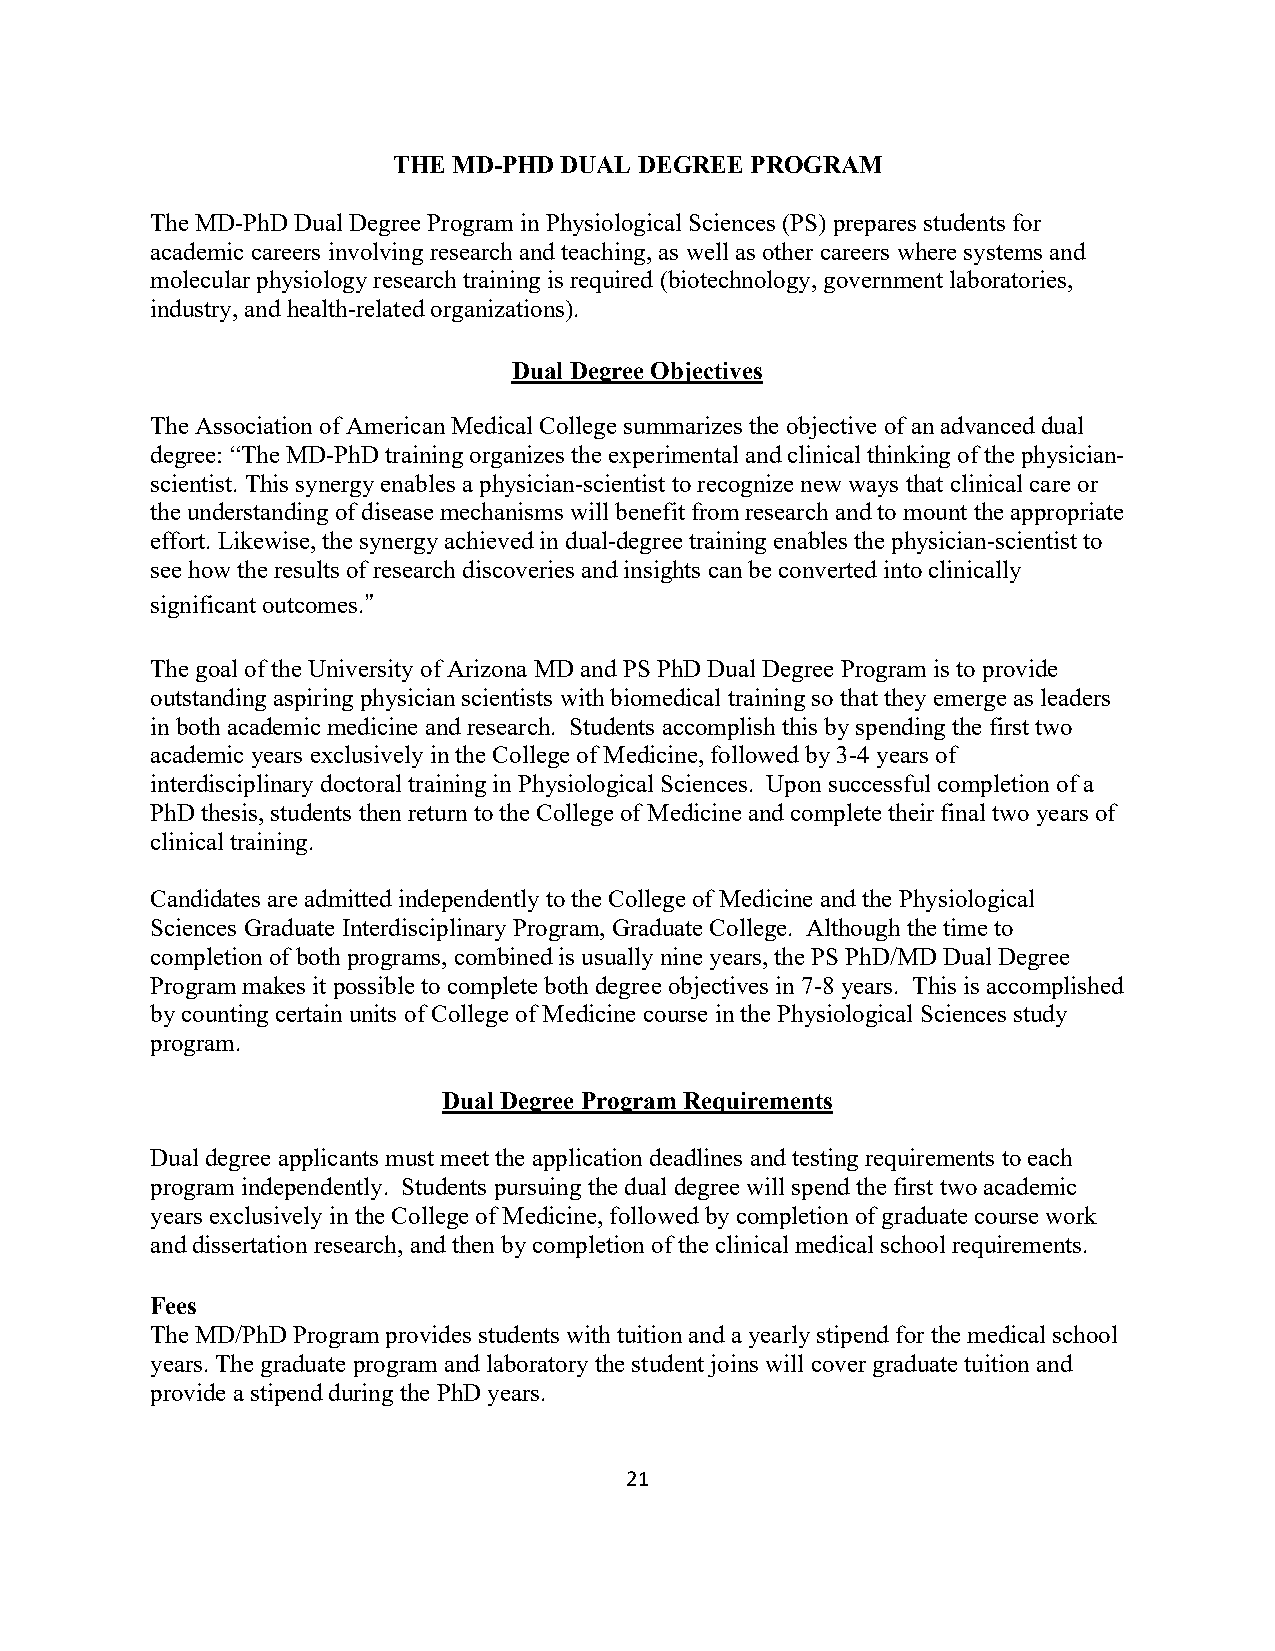
THE MD-PHD DUAL DEGREE  PROGRAM
 The MD-PhD Dual Degree Program in Physiological Sciences (PS) prepares students for
 academic careers involving research and teaching, as well as other careers where systems and
 molecular physiology research training is required (biotechnology, government laboratories,
 industry, and health-related organizations).
 Dual Degree Objectives
 The Association of American Medical College summarizes the objective of an advanced dual
 degree: “The MD-PhD training organizes the experimental and clinical thinking of the physician-
 scientist. This synergy enables a physician-scientist to recognize new ways that clinical care or
 the understanding of disease mechanisms will benefit from research and to mount the appropriate
 effort. Likewise, the synergy achieved in dual-degree training enables the physician-scientist to
 see how the results of research discoveries and insights can be converted into clinically
 significant outcomes.”
 The goal of the University of Arizona MD and PS PhD Dual Degree Program is to provide
 outstanding aspiring physician scientists with biomedical training so that they emerge as leaders
 in both academic medicine and research. Students accomplish this by spending the first two
 academic years exclusively in the College of Medicine, followed by 3-4 years of
 interdisciplinary doctoral training in Physiological Sciences. Upon successful completion of a
 PhD thesis, students then return to the College of Medicine and complete their final two years of
 clinical training.
 Candidates are admitted independently to the College of Medicine and the Physiological
 Sciences Graduate Interdisciplinary Program, Graduate College. Although the time to
 completion of both programs, combined is usually nine years, the PS PhD/MD Dual Degree
 Program makes it possible to complete both degree objectives in 7-8 years. This is accomplished
 by counting certain units of College of Medicine course in the Physiological Sciences study
 program.
 Dual Degree Program Requirements
 Dual degree applicants must meet the application deadlines and testing requirements to each
 program independently. Students pursuing the dual degree will spend the first two academic
 years exclusively in the College of Medicine, followed by completion of graduate course work
 and dissertation research, and then by completion of the clinical medical school requirements.
 Fees
 The MD/PhD Program provides students with tuition and a yearly stipend for the medical school
 years. The graduate program and laboratory the student joins will cover graduate tuition and
 provide a stipend during the PhD years.
 21